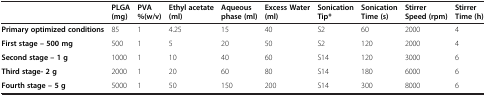
<table><thead><tr><td><b> </b></td><td><b>PLGA (mg)</b></td><td><b>PVA %(w/v)</b></td><td><b>Ethyl acetate (ml)</b></td><td><b>Aqueous phase (ml)</b></td><td><b>Excess Water (ml)</b></td><td><b>Sonication Tip*</b></td><td><b>Sonication Time (s)</b></td><td><b>Stirrer Speed (rpm)</b></td><td><b>Stirrer Time (h)</b></td></tr></thead><tbody><tr><td><b>Primary optimized conditions</b></td><td>85</td><td>1</td><td>4.25</td><td>15</td><td>40</td><td>S2</td><td>60</td><td>2000</td><td>4</td></tr><tr><td><b>First stage – 500 mg</b></td><td>500</td><td>1</td><td>5</td><td>20</td><td>50</td><td>S2</td><td>120</td><td>2000</td><td>4</td></tr><tr><td><b>Second stage – 1 g</b></td><td>1000</td><td>1</td><td>10</td><td>40</td><td>60</td><td>S14</td><td>120</td><td>3000</td><td>6</td></tr><tr><td><b>Third stage- 2 g</b></td><td>2000</td><td>1</td><td>20</td><td>60</td><td>80</td><td>S14</td><td>180</td><td>6000</td><td>6</td></tr><tr><td><b>Fourth stage – 5 g</b></td><td>5000</td><td>1</td><td>50</td><td>150</td><td>200</td><td>S14</td><td>300</td><td>8000</td><td>6</td></tr></tbody></table>